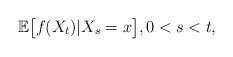
LaTeX: \begin{align*} \mathbb E \big[f(X_t) \vert X_{s} = x \big] , 0<s <t, \end{align*}